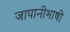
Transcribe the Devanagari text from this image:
जापानीभाषी